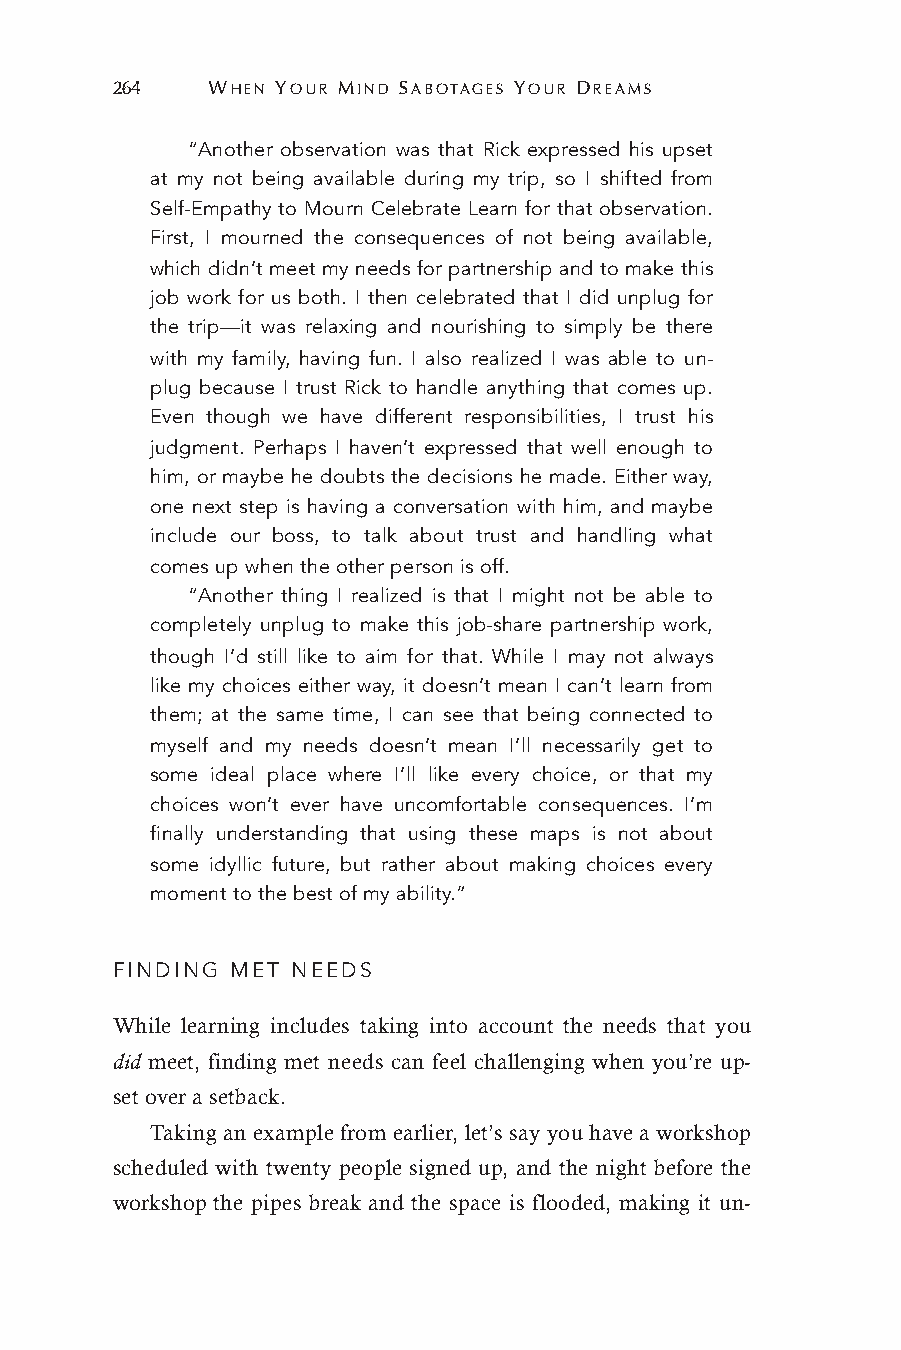
264    WHEN YOUR MIND SABOTAGES YOUR DREAMS
 “Another observation was that Rick expressed his upset
 at my not being available during my trip, so I shifted from
 Self-Empathy to Mourn Celebrate Learn for that observation.
 First, I mourned the consequences of not being available,
 which didn’t meet my needs for partnership and to make this
 job work for us both. I then celebrated that I did unplug for
 the trip—it was relaxing and nourishing to simply be there
 with my family, having fun. I also realized I was able to un-
 plug because I trust Rick to handle anything that comes up.
 Even though we have different responsibilities, I trust his
 judgment. Perhaps I haven’t expressed that well enough to
 him, or maybe he doubts the decisions he made. Either way,
 one next step is having a conversation with him, and maybe
 include our boss, to talk about trust and handling what
 comes up when the other person is off.
 “Another thing I realized is that I might not be able to
 completely unplug to make this job-share partnership work,
 though I’d still like to aim for that. While I may not always
 like my choices either way, it doesn’t mean I can’t learn from
 them; at the same time, I can see that being connected to
 myself and my needs doesn’t mean I’ll necessarily get to
 some ideal place where I’ll like every choice, or that my
 choices won’t ever have uncomfortable consequences. I’m
 finally understanding that using these maps is not about
 some idyllic future, but rather about making choices every
 moment to the best of my ability.”
 FINDING MET NEEDS
 While learning includes taking into account the needs that you
 did meet, finding met needs can feel challenging when you’re up-
 set over a setback.
 Taking an example from earlier, let’s say you have a workshop
 scheduled with twenty people signed up, and the night before the
 workshop the pipes break and the space is flooded, making it un-